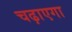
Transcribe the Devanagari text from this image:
चढ़ाएगा